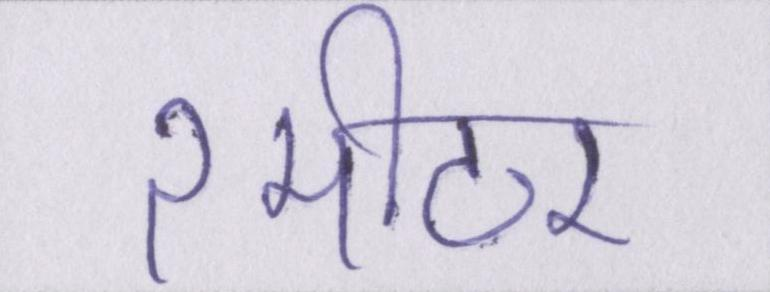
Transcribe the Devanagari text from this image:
२मीटर